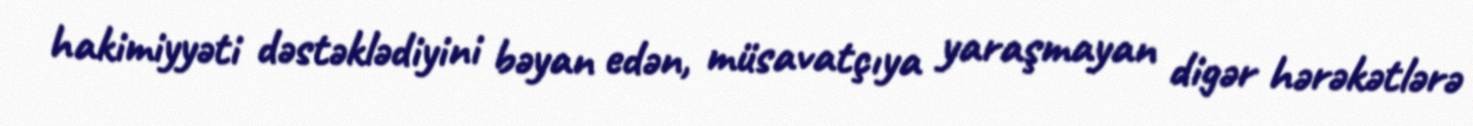
hakimiyyəti dəstəklədiyini bəyan edən, müsavatçıya yaraşmayan digər hərəkətlərə